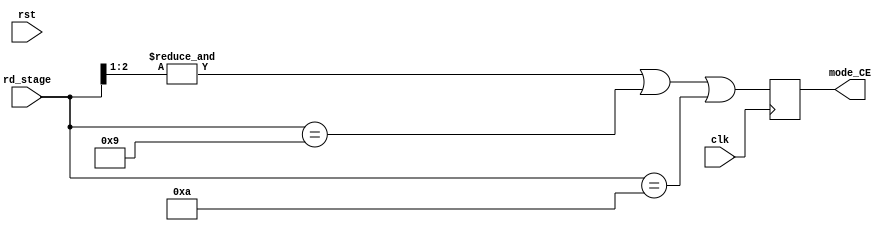
module control_CE(
         rd_stage,mode_CE,rst,clk);
  input [3:0] rd_stage;
  output reg mode_CE;
  input rst,clk;
  //below are the signal comninational logic
  //any unlisted conditions are considered as dont care 
  //combinational logic are calculated manually using karnaugh map
  //mode_CE > 0 if rd_stage=0,1,2,3,4,5,8,11
  //          1 if rd_stage=6,7,9,10
  always @(posedge clk)
    mode_CE = &{rd_stage[2:1]} || (rd_stage==4'd9)|| (rd_stage==4'd10);
endmodule